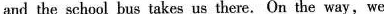
and the school bus takes us there. On the way, we